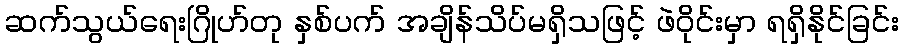
ဆက်သွယ်ရေးဂြိုဟ်တု နှစ်ပက် အချိန်သိပ်မရှိသဖြင့် ဖဲဝိုင်းမှာ ရရှိနိုင်ခြင်း